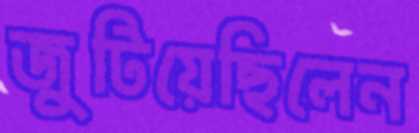
জুটিয়েছিলেন